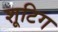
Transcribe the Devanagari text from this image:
शूटिग